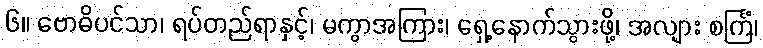
၆။ ဗောဓိပင်သာ၊ ရပ်တည်ရာနှင့်၊ မကွာအကြား၊ ရှေ့နောက်သွားဖို့၊ အလျား စင်္ကြံ၊